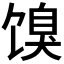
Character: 𬳌